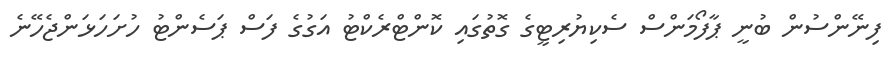
ފިނޭންސުން ބުނީ ޕާފޯމަންސް ސެކިޔުރިޓީގެ ގޮތުގައި ކޮންޓްރެކްޓު އަގުގެ ފަސް ޕަސެންޓު ހުށަހަޅަންޖެހޭނެ